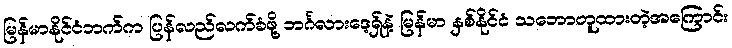
မြန်မာနိုင်ငံဘက်က ပြန်လည်လက်ခံဖို့ ဘင်္ဂလားဒေ့ရှ်နဲ့ မြန်မာ နှစ်နိုင်ငံ သဘောတူထားတဲ့အကြောင်း